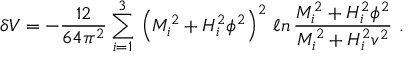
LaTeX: \delta V = - \frac { 1 2 } { 6 4 \pi ^ { 2 } } \sum _ { i = 1 } ^ { 3 } \, \left( M _ { i } ^ { 2 } + H _ { i } ^ { 2 } \phi ^ { 2 } \right) ^ { 2 } \, \ell n \, \frac { M _ { i } ^ { 2 } + H _ { i } ^ { 2 } \phi ^ { 2 } } { M _ { i } ^ { 2 } + H _ { i } ^ { 2 } v ^ { 2 } } \ .